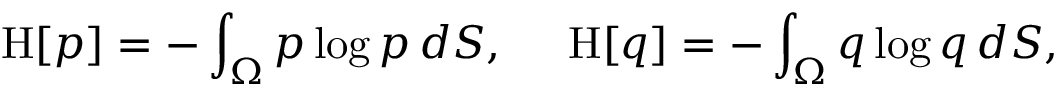
\mathrm { H } [ p ] = - \int _ { \Omega } p \log p \, d S , ~ ~ ~ ~ \mathrm { H } [ q ] = - \int _ { \Omega } q \log q \, d S ,